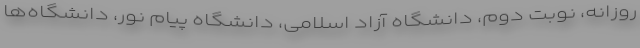
روزانه، نوبت دوم، دانشگاه آزاد اسلامی، دانشگاه پیام نور، دانشگاه‌ها